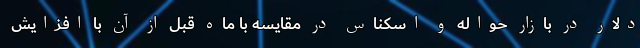
دلار در بازار حواله و اسکناس در مقایسه با ماه قبل از آن با افزایش